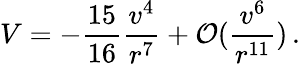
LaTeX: V=-\frac{15}{16}\frac{v^{4}}{r^{7}}+{\cal O}(\frac{v^{6}}{r^{11}})\, .